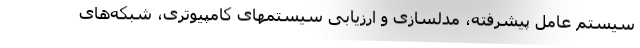
سیستم عامل پیشرفته، مدلسازی و ارزیابی سیستمهای کامپیوتری، شبکه‌های